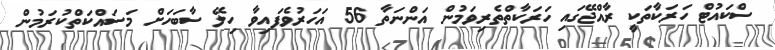
ސްކައުޓް ހަރަކާތަކީ ރާއްޖޭގައި ހަރަކާތްތެރިވަމުން އަންނަތާ 56 އަހަރުވެފައިވާ ހިލޭ ސާބަހަށް މަސައްކަތްކުރަމުން